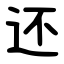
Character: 还